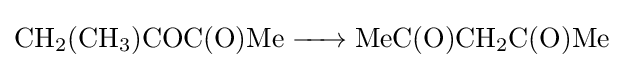
{\ce {CH2(CH3)COC(O)Me -> MeC(O)CH2C(O)Me}}